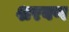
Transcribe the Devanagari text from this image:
शरवण